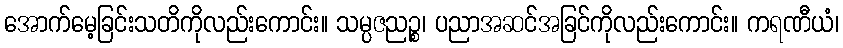
အောက်မေ့ခြင်းသတိကိုလည်းကောင်း။ သမ္ပဇညဉ္စ၊ ပညာအဆင်အခြင်ကိုလည်းကောင်း။ ကရဏီယံ၊